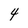
Character: 4